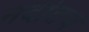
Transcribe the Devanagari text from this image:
नदीतच